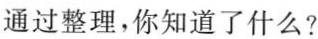
通过整理，你知道了什么?